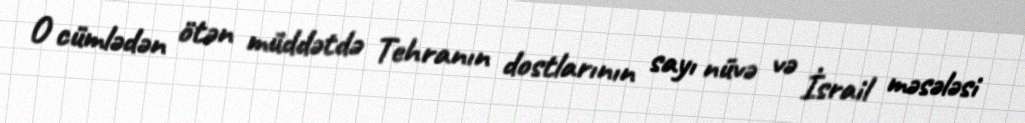
O cümlədən ötən müddətdə Tehranın dostlarının sayı nüvə və İsrail məsələsi